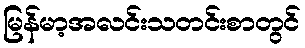
မြန်မာ့အလင်းသတင်းစာတွင်